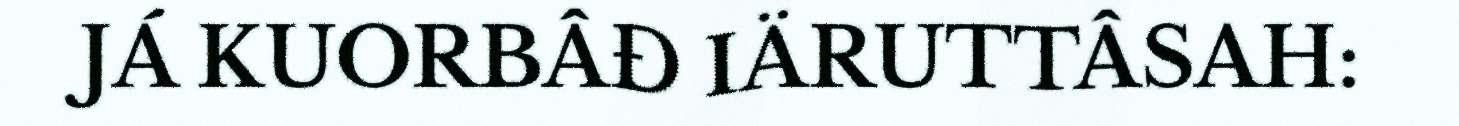
JÁ KUORBÂĐ IÄRUTTÂSAH: